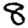
Digit: 8